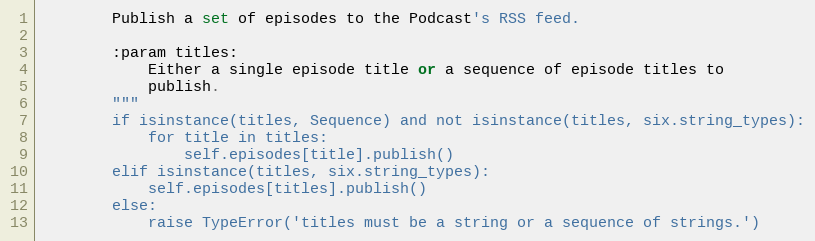
Language: Python
        Publish a set of episodes to the Podcast's RSS feed.

        :param titles:
            Either a single episode title or a sequence of episode titles to
            publish.
        """
        if isinstance(titles, Sequence) and not isinstance(titles, six.string_types):
            for title in titles:
                self.episodes[title].publish()
        elif isinstance(titles, six.string_types):
            self.episodes[titles].publish()
        else:
            raise TypeError('titles must be a string or a sequence of strings.')